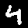
Label: 4